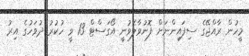
މީހުން ރާއްޖޭގެ ސިފައިންނަށް ފޮނުވާލެވުނީ އޯގަސްޓް 13 ވީ ހުކުރު ދުވަހުގެ އިރު